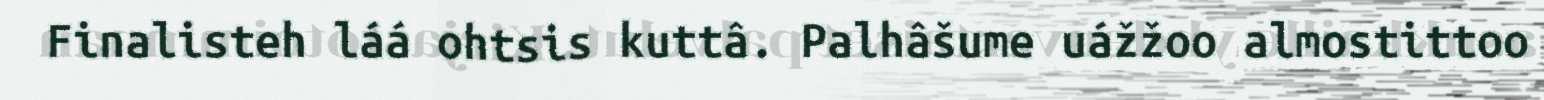
Finalisteh láá ohtsis kuttâ. Palhâšume uážžoo almostittoo